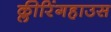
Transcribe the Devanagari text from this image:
क्लीरिंगहाउस